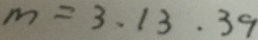
m = 3 . 1 3 . 3 9